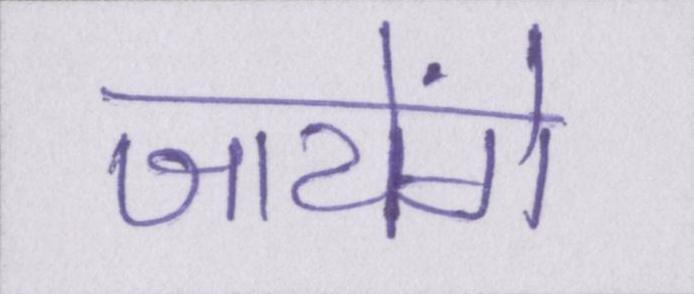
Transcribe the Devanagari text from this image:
जायेंगे